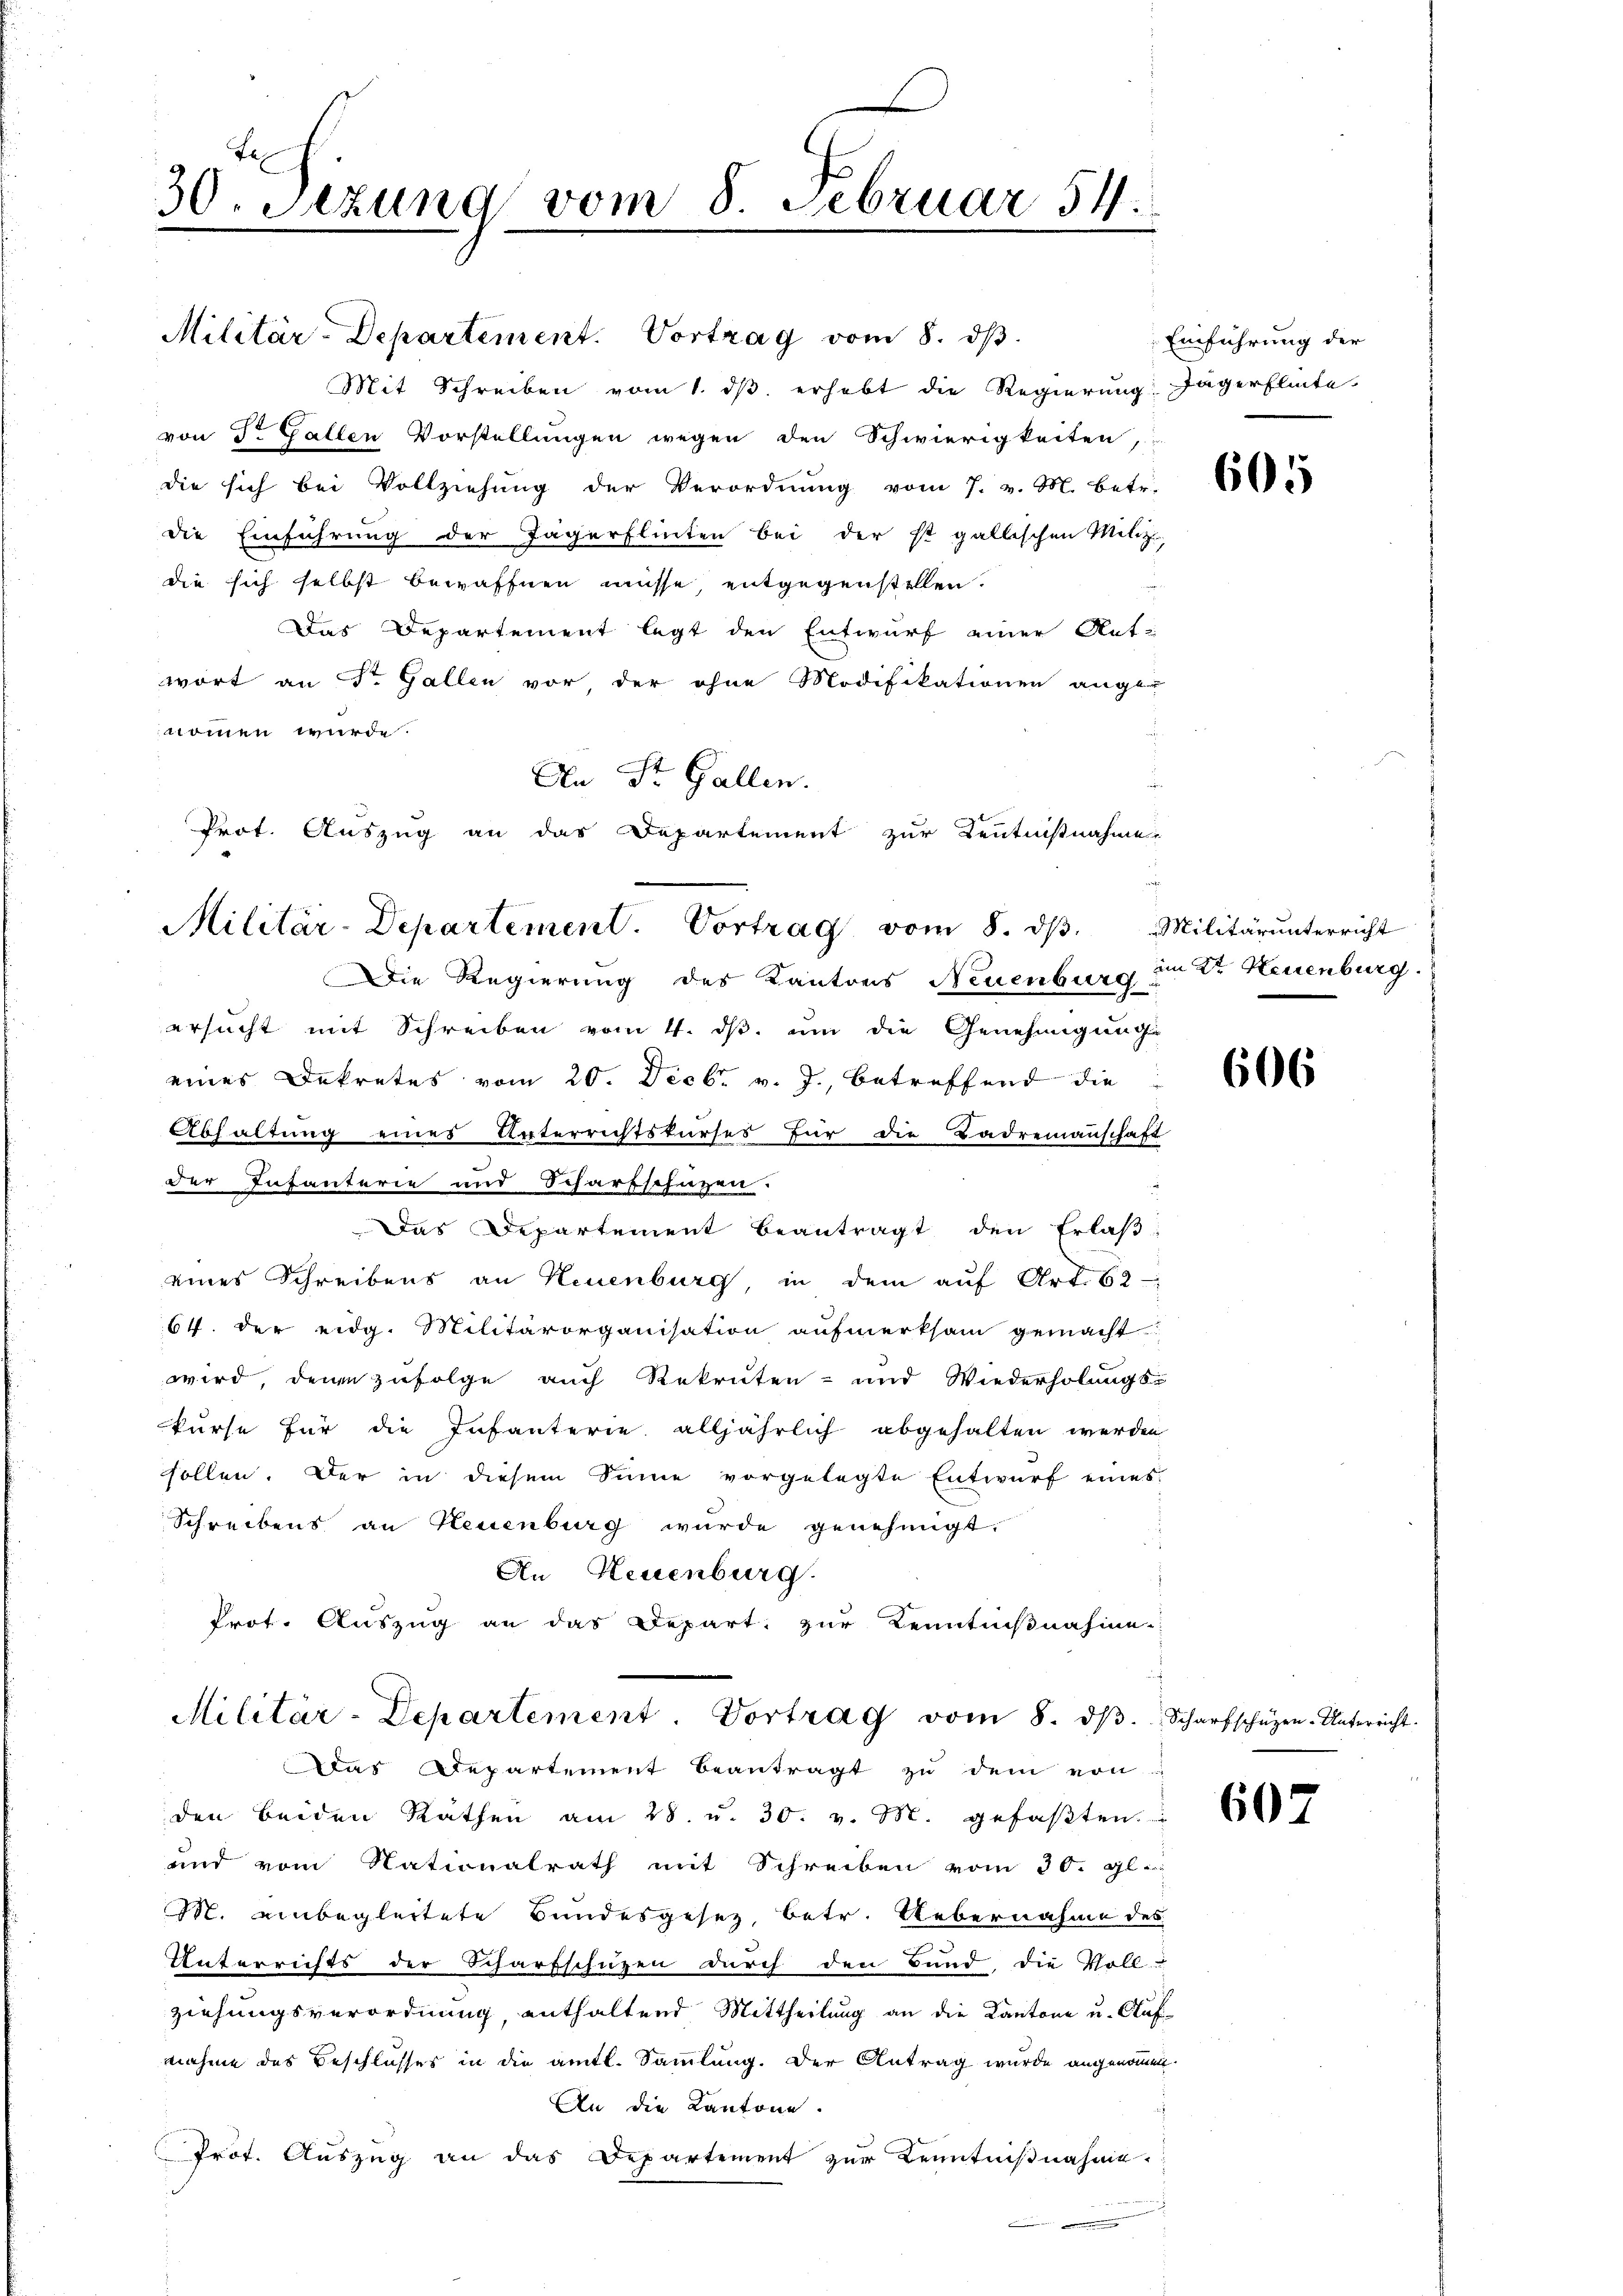
30. Sezung vom 8. Februar 54.

Militär-Departement. Vortrag vom 8. dβ.
Mit Schreiben vom 1. ds. erhebt die Regierung Jägerflinte
von Dr. Gallen Vorstellungen wegen den Schwierigkeiten,
die sich bei Vollziehung der Verordnŭng vom 7. v. M. betr.
die Einführung der Jägerflinten bei der ist gallischen Milizi
die sich selbst bewaffnen müsse entgegenstellen.
Das Departement legt den Entwurf einer Antwort an Sr. Gallen vor der ohne Modifikationen ange
nommen wurde.
An Dr. Gallen.
Die Regierung des Kantons Neuenburg im Dr. Neuenburg.
ersucht mit Schreiben vom 4. ds. um die Genehmigung
eines Dekretes vom 20. Decbr. v. J., betreffend die
Abhaltung eines Unterrichtskurses für die Ladremannschaft
der Infanterie und Scharfschüzen.
Das Departement beantragt den Erlaβ
eines Schreibens an Neuenburg, in dem auf Art. 62
64. der eidg. Militärorganisation aufmerksam gemacht
wird, denen zufolge auch Rekruten- und Wiederholungs-
kurse für die Infanterie alljährlich abgehalten werden
sollen. Der in diesem Sinne vorgelegte Entwurf eines
Schreibens an Neuenburg wurde genehmigt.
An Neuenburg.
Prot. Auszug an das Depart zur Kenntnißnahme
Militär-Departement. Vortrag vom 8. dβ. Scharfschüzen-Unterricht.

Prot. Auszug an das Departement zur Kentnißnahme
Militär-Departement. Vortrag vom 8. d. Militär unterricht

Das Departement beantragt zŭ dem von
den beiden Räthen am 28. u. 30. v. M. gefaβten
und vom Nationalrath mit Schreiben vom 30. gl.
M. einbegleitete Bundesgesetz, betr. Uebernahme des
Unterrichts der Scharfschützen durch den Bund die Voll-
ziehungsverordnung, enthaltend Mittheilung an die Kantone u. Auf-
nahme des Beschlusses in die amtl. Sammlung. Der Antrag wurde angenommen.
An die Kantone.
Prof. Auszug an das Departement zur Kenntnißnahme.

Einführung der

605

606

607